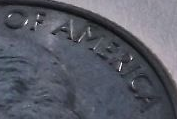
OF AMERICA